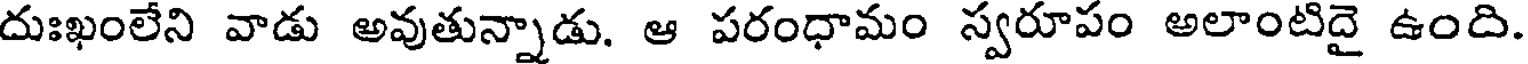
దుఃఖంలేని వాడు అవుతున్నాడు. ఆ పరంధామం స్వరూపం అలాంటిదై ఉంది.